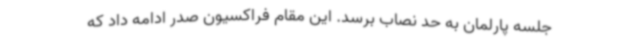
جلسه پارلمان به حد نصاب برسد. این مقام فراکسیون صدر ادامه داد که